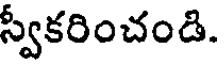
స్వీకరించండి.